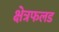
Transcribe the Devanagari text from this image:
क्षेत्रफलड